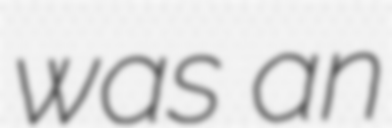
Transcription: was an